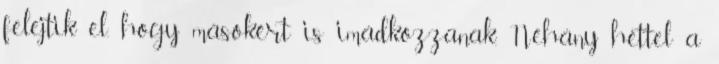
felejtik el, hogy másokért is imádkozzanak. Néhány héttel a